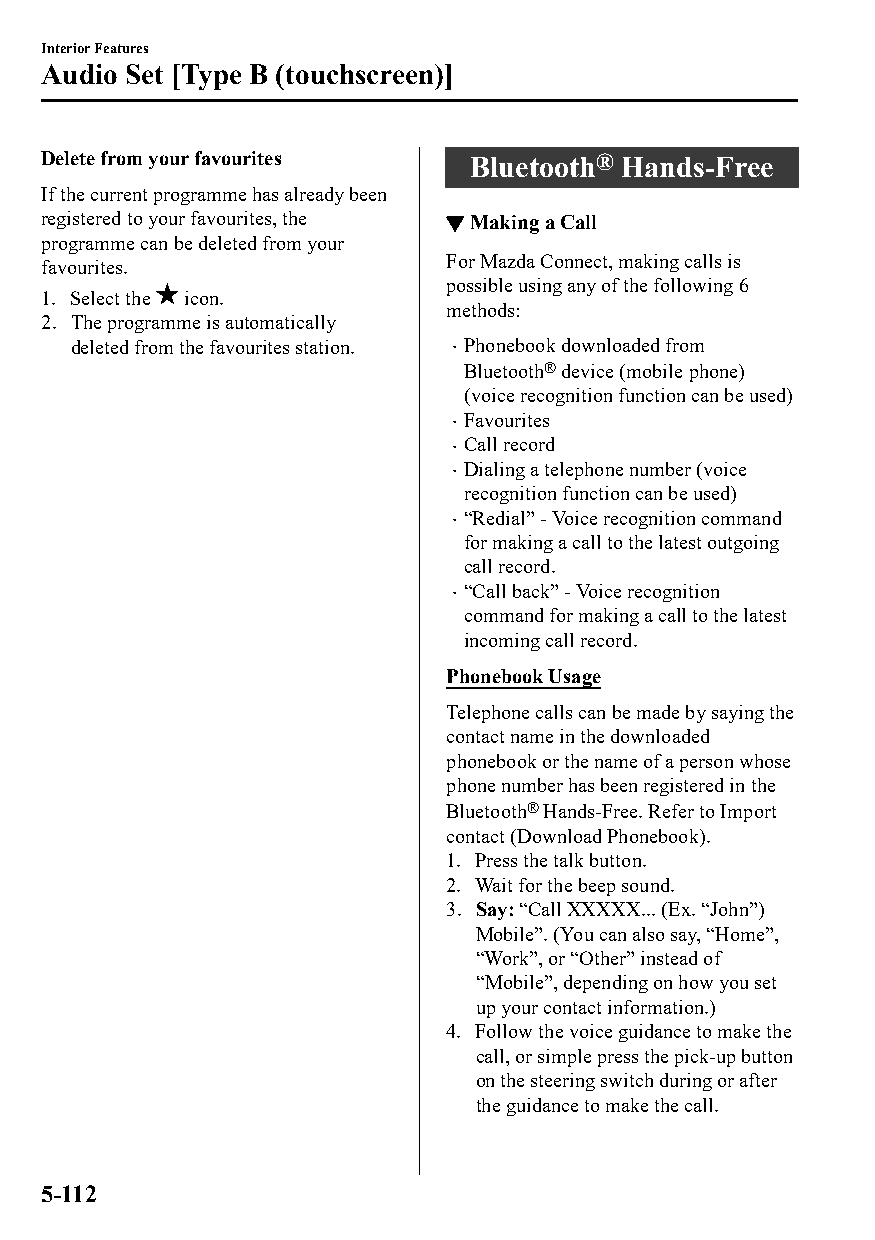
Interior Features
 Audio Set [Type B (touchscreen)]
 Delete from your favourites  Bluetooth® Hands-Free
 If the current programme has already been
 registered to your favourites, the ▼Making a Call
 programme can be deleted from your
 For Mazda Connect, making calls is
 favourites.
 possible using any of the following 6
 1. Select the icon.
 methods:
 2. The programme is automatically
 deleted from the favourites station.  Phonebook downloaded from
 Bluetooth® device (mobile phone)
 (voice recognition function can be used)
 Favourites
 
 Call record
 
 Dialing a telephone number (voice
 
 recognition function can be used)
 “Redial” - Voice recognition command
 
 for making a call to the latest outgoing
 call record.
 “Call back” - Voice recognition
 
 command for making a call to the latest
 incoming call record.
 Phonebook Usage
 Telephone calls can be made by saying the
 contact name in the downloaded
 phonebook or the name of a person whose
 phone number has been registered in the
 Bluetooth® Hands-Free. Refer to Import
 contact (Download Phonebook).
 1. Press the talk button.
 2. Wait for the beep sound.
 3. Say: “Call XXXXX... (Ex. “John”)
 Mobile”. (You can also say, “Home”,
 “Work”, or “Other” instead of
 “Mobile”, depending on how you set
 up your contact information.)
 4. Follow the voice guidance to make the
 call, or simple press the pick-up button
 on the steering switch during or after
 the guidance to make the call.
 5-112
 CX-3_8GT4-EE-18D_Edition4                  2018-9-6 18:32:19